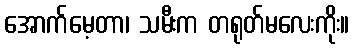
အောက်မေ့တာ၊ သမီးက တရုတ်မလေးကိုး။